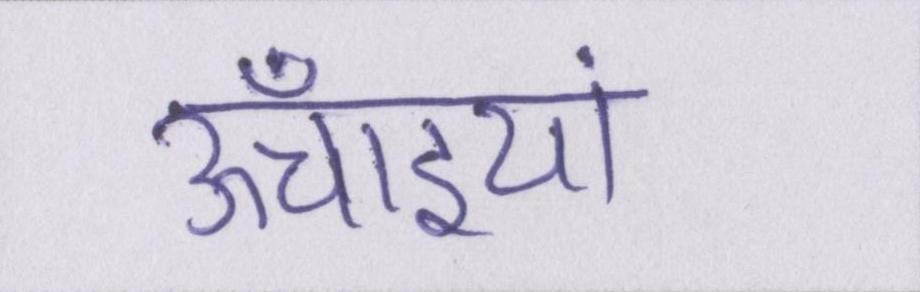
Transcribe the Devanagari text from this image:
ऊँचाइयां